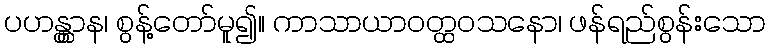
ပဟန္တွာန၊ စွန့်တော်မူ၍။ ကာသာယာဝတ္ထဝသနော၊ ဖန်ရည်စွန်းသော